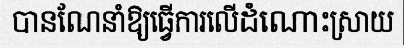
បានណែនាំឱ្យធ្វើការលើដំណោះស្រាយ